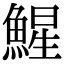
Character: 鯹